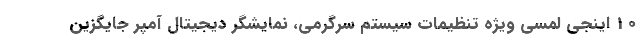
10 اینجی لمسی ویژه تنظیمات سیستم سرگرمی، نمایشگر دیجیتال آمپر جایگزین